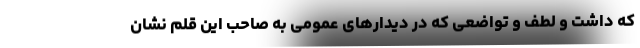
که داشت و لطف و تواضعی که در دیدارهای عمومی به صاحب این قلم نشان